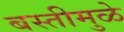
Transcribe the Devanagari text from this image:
बस्तीमुळे